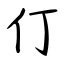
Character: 仃